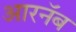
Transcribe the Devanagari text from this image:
आरनॅब